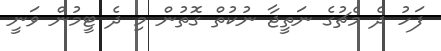
ފަހު ދެ މެޗުގެ ނަތީޖާ ނުކުތް ގޮތުން މި ދެ ޓީމުން ވަނީ